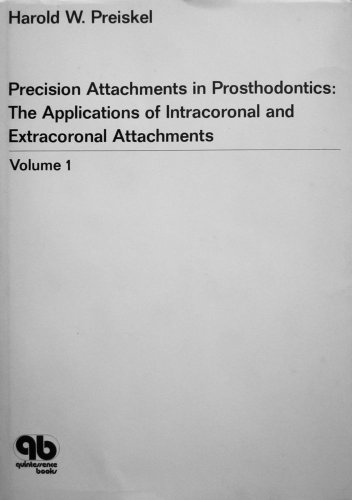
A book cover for Precision Attachments in Prosthodontics: Intracoronal and Extra-coronal Attachments v. 1; H.W. Preiskel; Medical Books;